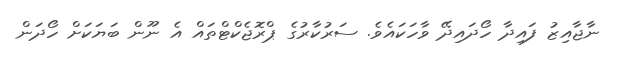
ނާޖާއިޒު ފައިދާ ހޯދައިދޭ ވާހަކައެވެ. ސަރުކާރުގެ ޕްރޮޖެކްޓްތައް އެ ނޫން ބަޔަކަށް ހޯދަން